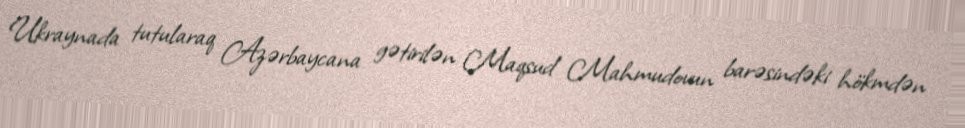
Ukraynada tutularaq Azərbaycana gətirilən Maqsud Mahmudovun barəsindəki hökmdən